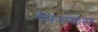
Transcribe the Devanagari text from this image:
वैफल्यग्रस्त